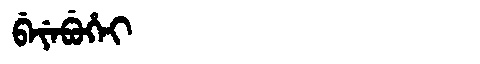
Manchu: ᠪᡝᠶᡝᠪᡠᡥᡝᡳ
Romanization: BEYEBUHEI